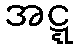
အဋ္ဋ